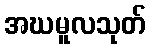
အဃမူလသုတ်